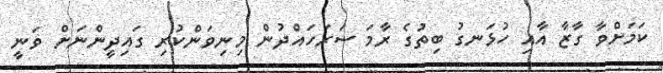
ކަމަށްވާ ގާޒާ އާއި ހުޅަނގު ބިތުގެ ރާމަ ސަރަހައްދުން މިނިވަންކުރި ގައިދީންނަށް ވަނީ